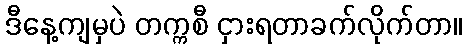
ဒီနေ့ကျမှပဲ တက္ကစီ ငှားရတာခက်လိုက်တာ။